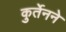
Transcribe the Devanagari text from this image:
कुर्तेनने